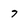
Character: 7